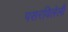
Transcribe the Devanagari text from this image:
पसरविलेली